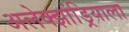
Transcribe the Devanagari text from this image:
अलेक्झांड्रियाला